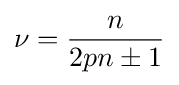
\nu ={\frac {n}{2pn\pm 1}}